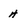
Character: H